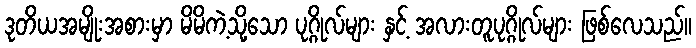
ဒုတိယအမျိုးအစားမှာ မိမိကဲ့သို့သော ပုဂ္ဂိုလ်များ နှင့် အလားတူပုဂ္ဂိုလ်များ ဖြစ်လေသည်။